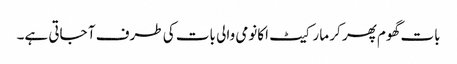
بات گھوم پھر کر مارکیٹ اکانومی والی بات کی طرف آ جاتی ہے۔